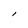
Character: l